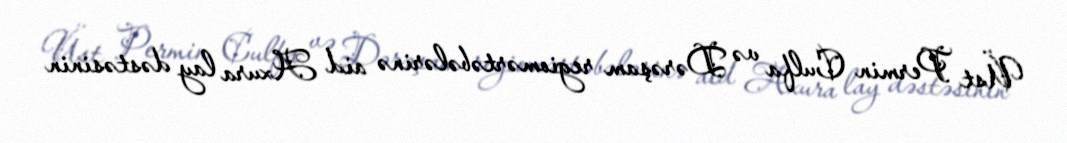
Üst Permin Culfa və Dərəşam regiomərtəbələrinə aid Axura lay dəstəsinin